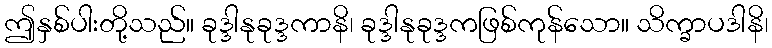
ဤနှစ်ပါးတို့သည်။ ခုဒ္ဒါနုခုဒ္ဒကာနိ၊ ခုဒ္ဒါနုခုဒ္ဒကဖြစ်ကုန်သော။ သိက္ခာပဒါနိ၊